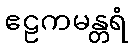
ဧဠကမန္တရံ